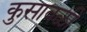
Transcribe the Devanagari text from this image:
कुसावळी